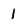
Character: 1